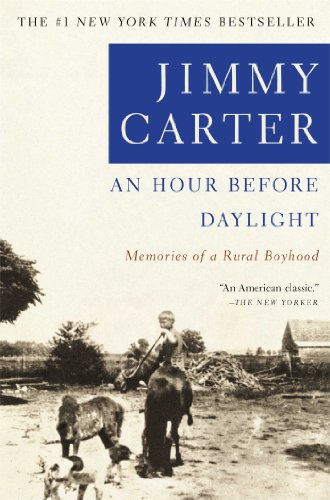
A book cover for An Hour Before Daylight: Memories of a Rural Boyhood; Jimmy Carter; Biographies & Memoirs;